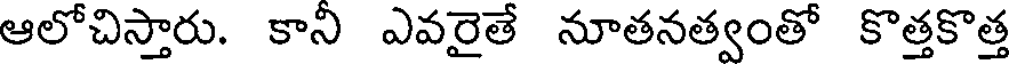
ఆలోచిస్తారు. కాని ఎవరైతే నూతనత్వంతో కొత్తకొత్త